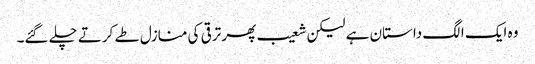
وہ ایک الگ داستان ہے لیکن شعیب پھر ترقی کی منازل طے کرتے چلے گئے۔